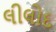
લીલોદ